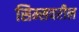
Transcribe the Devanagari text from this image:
सिम्सवरील